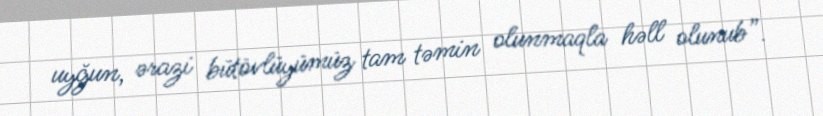
uyğun, ərazi bütövlüyümüz tam təmin olunmaqla həll olunub”.